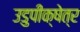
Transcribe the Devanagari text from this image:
उडुपीक्षेत्र